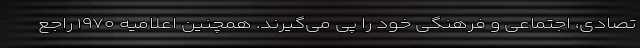
تصادی، اجتماعی و فرهنگی خود را پی می‌گیرند. همچنین اعلامیه ۱۹۷۰ راجع